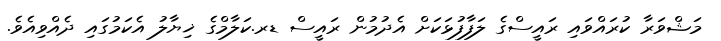
މަޝްވަރާ ކުރައްވައި ރައީސްގެ ލަފާފުޅަކަށް އެދުމުން ރައީސް ޑރ.ކަލާމްގެ ޚިޔާލު އެކަމުގައި ދެއްވިއެވެ.